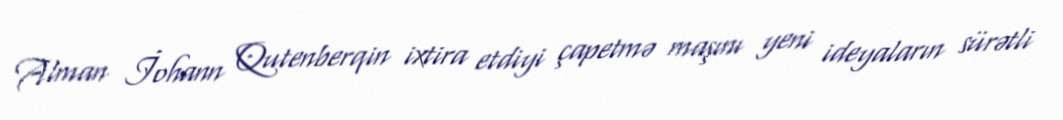
Alman İohann Qutenberqin ixtira etdiyi çapetmə maşını yeni ideyaların sürətli